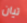
تيان